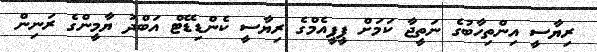
ރިޔާސީ އިންތިހާބުގެ ނަތީޖާ ކަމަށް ޕީޕީއެމްގެ ރިޔާސީ ކެންޑިޑޭޓް އަބްދު ޔާމީންގެ ރަނިން